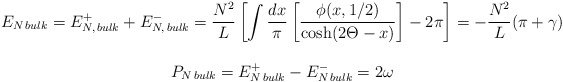
\begin{align*}\begin{array}{c}E_{N\, bulk}=E^{+}_{N,\, bulk}+E^{-}_{N,\, bulk}=\displaystyle\frac{N^{2}}{L}\left[ \displaystyle\int \displaystyle\frac{dx}{\pi }\left[ \displaystyle\frac{\phi (x,1/2)}{\cosh (2\Theta -x)}\right] -2\pi \right] =-\displaystyle\frac{N^{2}}{L}(\pi +\gamma )\\\\P_{N\, bulk}=E^{+}_{N\, bulk}-E^{-}_{N\, bulk}=2\omega \end{array}\end{align*}